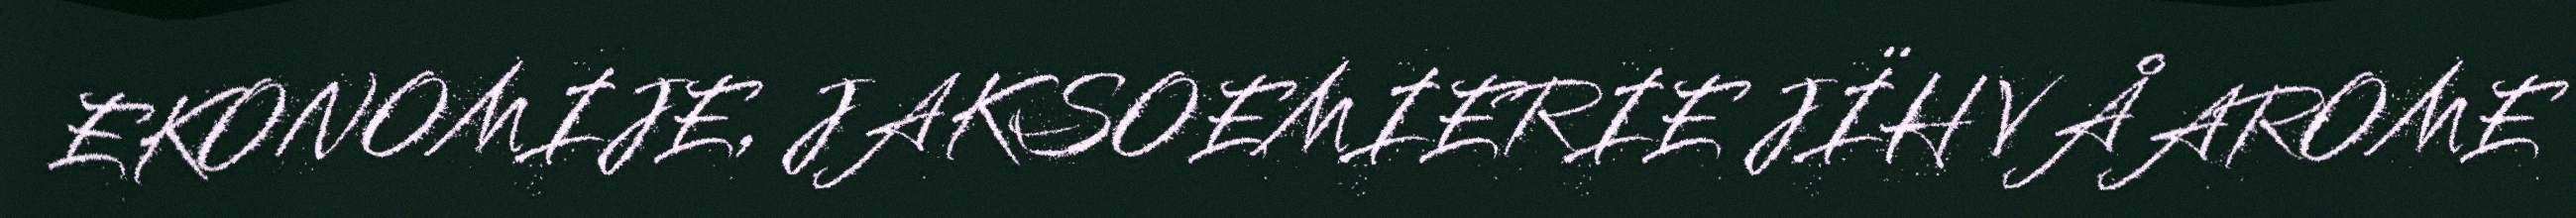
EKONOMIJE, JAKSOEMIERIE JÏH VÅAROME